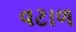
વટાળ